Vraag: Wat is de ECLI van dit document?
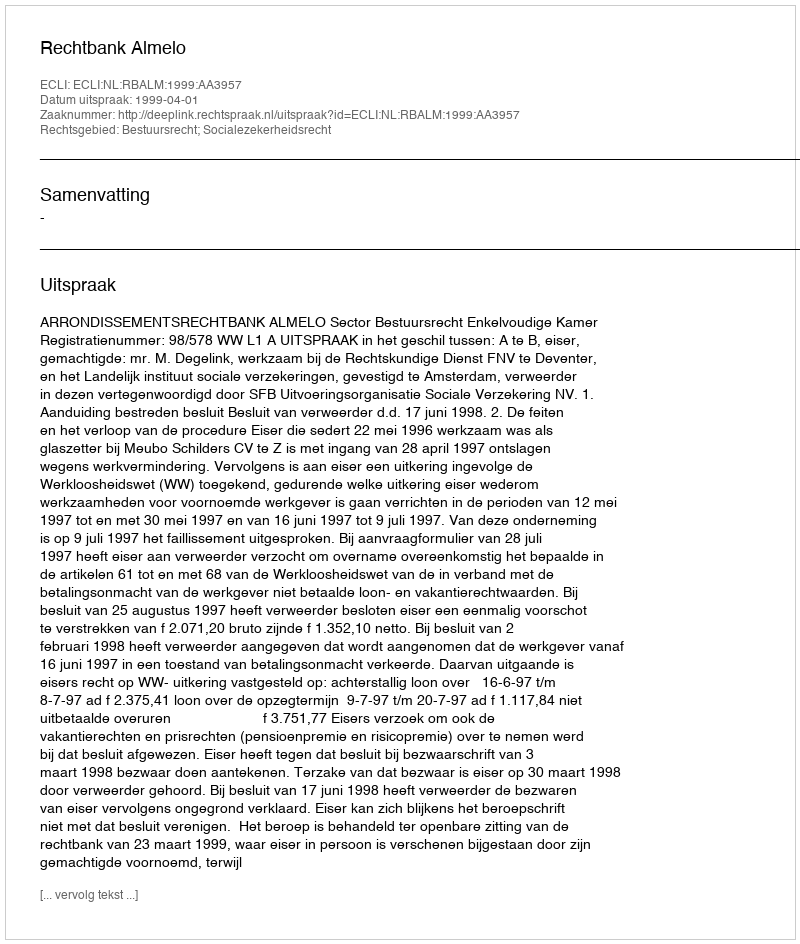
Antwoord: ECLI:NL:RBALM:1999:AA3957